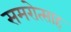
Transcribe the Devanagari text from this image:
समरोत्साह